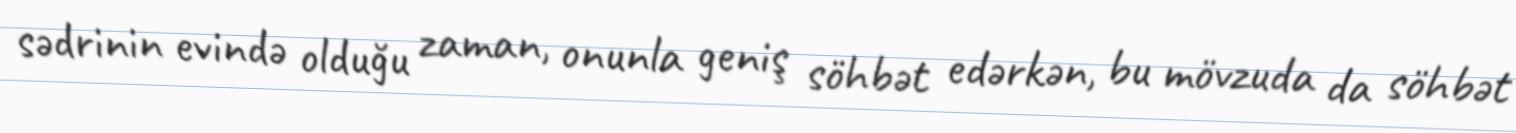
sədrinin evində olduğu zaman, onunla geniş söhbət edərkən, bu mövzuda da söhbət